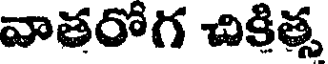
వాతరోగ చికిత్స